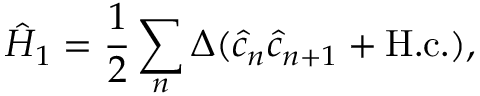
\hat { H } _ { 1 } = \frac { 1 } { 2 } \sum _ { n } \Delta ( \hat { c } _ { n } \hat { c } _ { n + 1 } + \mathrm { H . c . } ) ,